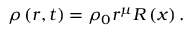
\rho \left( r , t \right) = \rho _ { 0 } r ^ { \mu } R \left( x \right) .